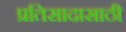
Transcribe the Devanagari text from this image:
प्रतिसादासाठी